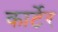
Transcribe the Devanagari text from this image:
कार्टेर